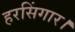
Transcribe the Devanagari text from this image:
हरसिंगार।